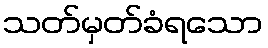
သတ်မှတ်ခံရသော